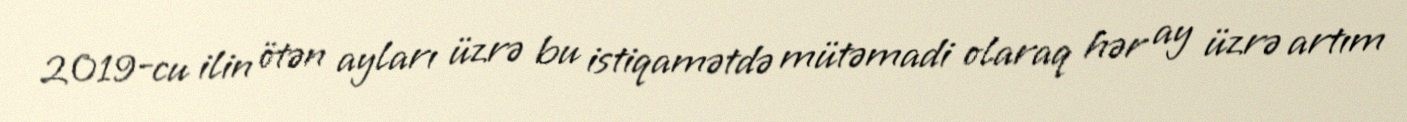
2019-cu ilin ötən ayları üzrə bu istiqamətdə mütəmadi olaraq hər ay üzrə artım